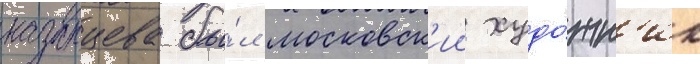
казанцева бы́л московск'ии худо́жн'ик